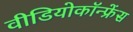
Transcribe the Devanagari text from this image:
वीडियोकॉन्फ्रेंस